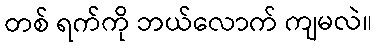
တစ် ရက်ကို ဘယ်လောက် ကျမလဲ။